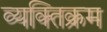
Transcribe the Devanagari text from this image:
व्यक्तिक्रम